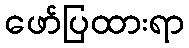
ဖော်ပြထားရာ